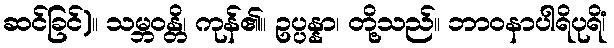
ဆင်ခြင်)။ သမ္ဘဝန္တိ၊ ကုန်၏။ ဥပ္ပန္နာ၊ တို့သည်။ ဘာဝနာပါရိပုရိံ၊